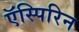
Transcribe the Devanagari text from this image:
ऍस्पिरिन